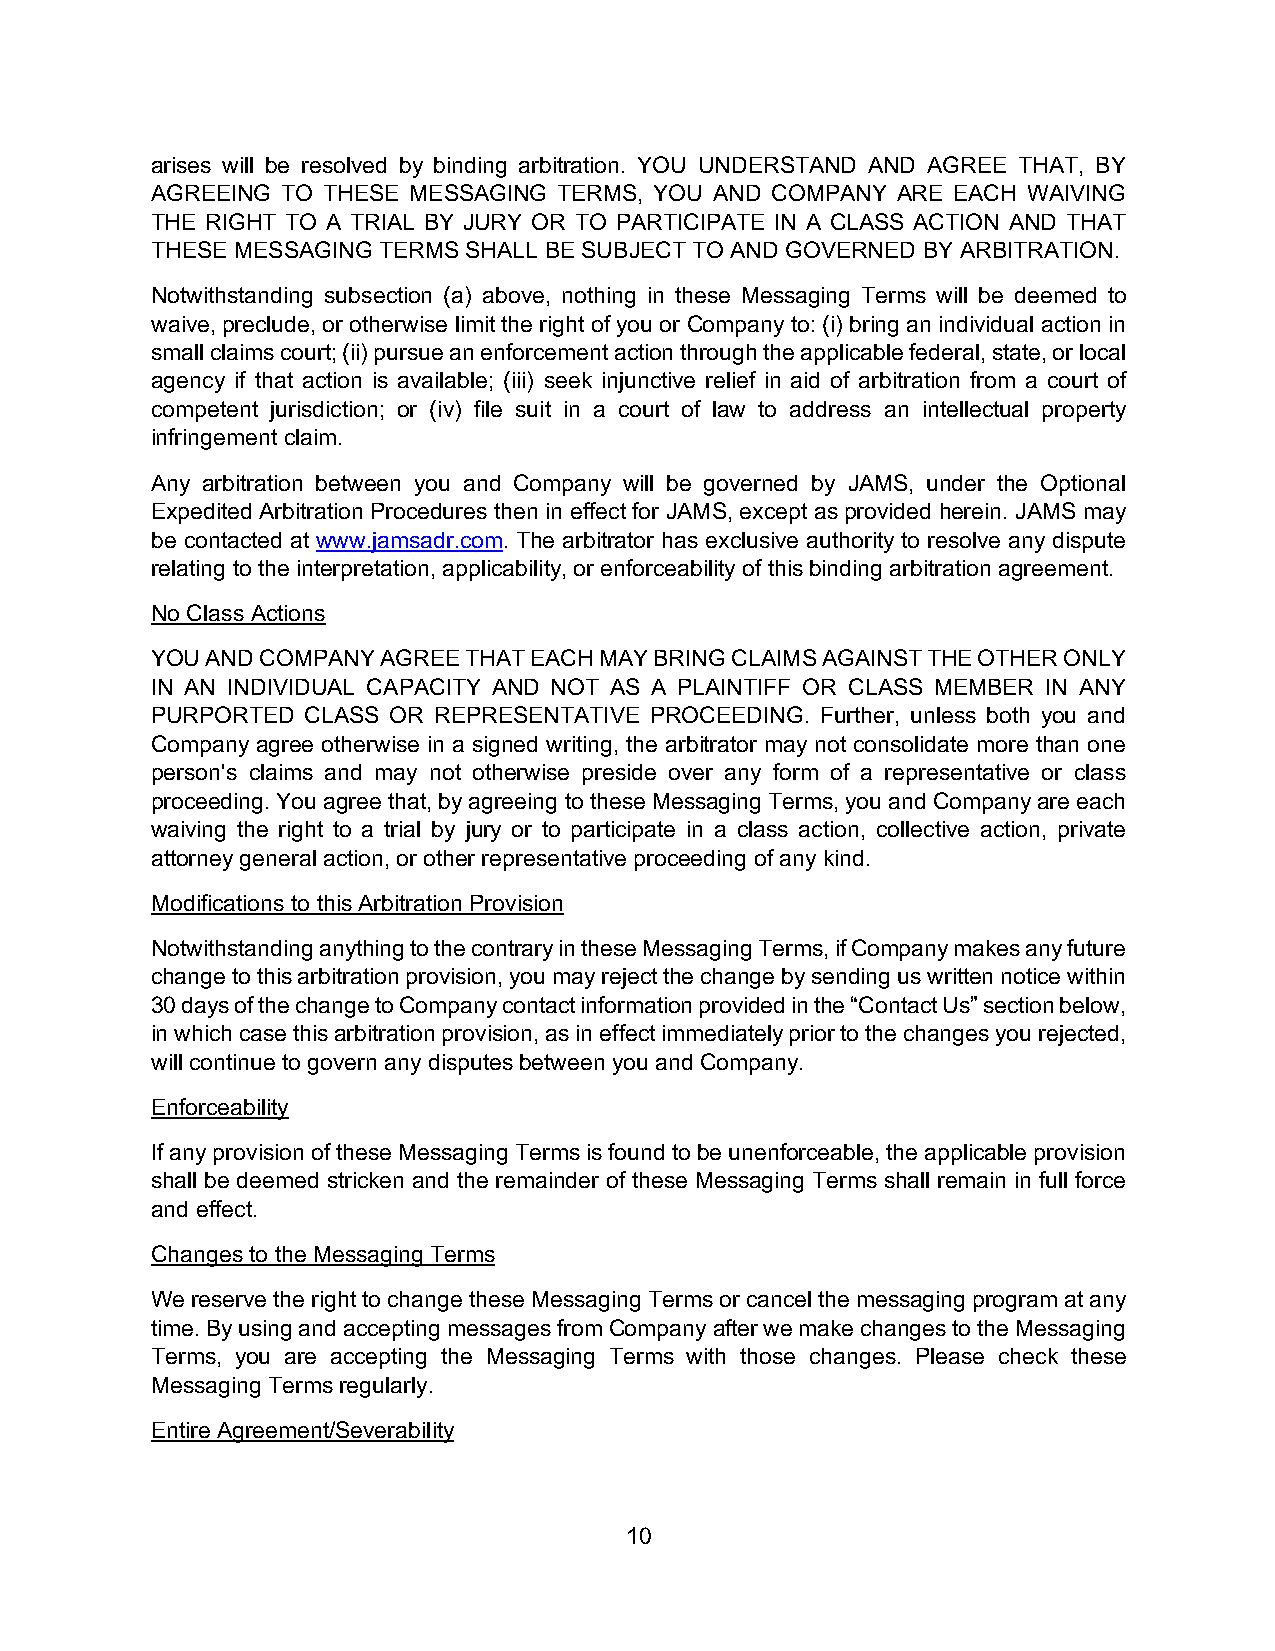
arises will be resolved by binding arbitration. YOU UNDERSTAND AND AGREE THAT, BY
 AGREEING TO THESE MESSAGING TERMS, YOU AND COMPANY ARE EACH WAIVING
 THE RIGHT TO A TRIAL BY JURY OR TO PARTICIPATE IN A CLASS ACTION AND THAT
 THESE MESSAGING TERMS SHALL BE SUBJECT TO AND GOVERNED BY ARBITRATION.
 Notwithstanding subsection (a) above, nothing in these Messaging Terms will be deemed to
 waive, preclude, or otherwise limit the right of you or Company to: (i) bring an individual action in
 small claims court; (ii) pursue an enforcement action through the applicable federal, state, or local
 agency if that action is available; (iii) seek injunctive relief in aid of arbitration from a court of
 competent jurisdiction; or (iv) file suit in a court of law to address an intellectual property
 infringement claim.
 Any arbitration between you and Company will be governed by JAMS, under the Optional
 Expedited Arbitration Procedures then in effect for JAMS, except as provided herein. JAMS may
 be contacted at www.jamsadr.com. The arbitrator has exclusive authority to resolve any dispute
 relating to the interpretation, applicability, or enforceability of this binding arbitration agreement.
 No Class Actions
 YOU AND COMPANY AGREE THAT EACH MAY BRING CLAIMS AGAINST THE OTHER ONLY
 IN AN INDIVIDUAL CAPACITY AND NOT AS A PLAINTIFF OR CLASS MEMBER IN ANY
 PURPORTED CLASS OR REPRESENTATIVE PROCEEDING. Further, unless both you and
 Company agree otherwise in a signed writing, the arbitrator may not consolidate more than one
 person's claims and may not otherwise preside over any form of a representative or class
 proceeding. You agree that, by agreeing to these Messaging Terms, you and Company are each
 waiving the right to a trial by jury or to participate in a class action, collective action, private
 attorney general action, or other representative proceeding of any kind.
 Modifications to this Arbitration Provision
 Notwithstanding anything to the contrary in these Messaging Terms, if Company makes any future
 change to this arbitration provision, you may reject the change by sending us written notice within
 30 days of the change to Company contact information provided in the “Contact Us” section below,
 in which case this arbitration provision, as in effect immediately prior to the changes you rejected,
 will continue to govern any disputes between you and Company.
 Enforceability
 If any provision of these Messaging Terms is found to be unenforceable, the applicable provision
 shall be deemed stricken and the remainder of these Messaging Terms shall remain in full force
 and effect.
 Changes to the Messaging Terms
 We reserve the right to change these Messaging Terms or cancel the messaging program at any
 time. By using and accepting messages from Company after we make changes to the Messaging
 Terms, you are accepting the Messaging Terms with those changes. Please check these
 Messaging Terms regularly.
 Entire Agreement/Severability
 10